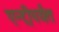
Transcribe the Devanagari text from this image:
एन्ट्रीपर्यंत